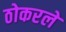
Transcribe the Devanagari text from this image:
ठोकरले